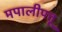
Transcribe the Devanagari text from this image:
मपालीपत्तू